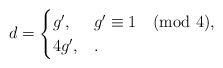
LaTeX: \begin{align*}d=\begin{cases}g', & g'\equiv 1 \pmod{4},\\4g', & .\end{cases}\end{align*}